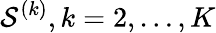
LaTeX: {\mathcal S}^{(k)},k=2,\ldots,K